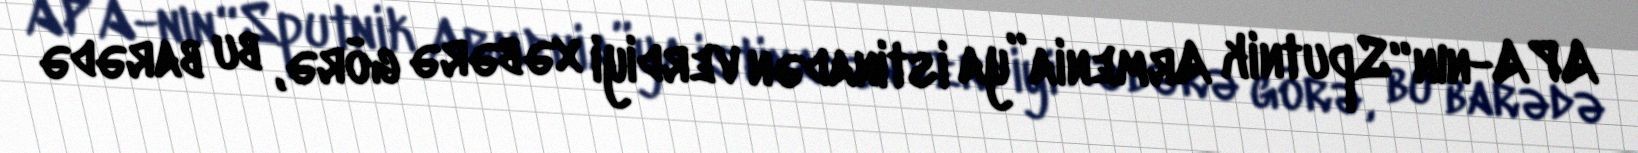
APA-nın “Sputnik Armenia”ya istinadən verdiyi xəbərə görə, bu barədə